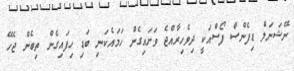
ނޭޝަނަލް ޑިފެންސް ފޯސްއަކީ ދިވެހިރާއްޖެ ވަށައިގެން ހަމައެކަނި ބަޑި ހިފައިގެން ތިބެން ޖެހޭ